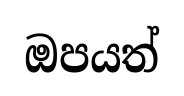
ඔපයත්